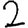
Digit: 2